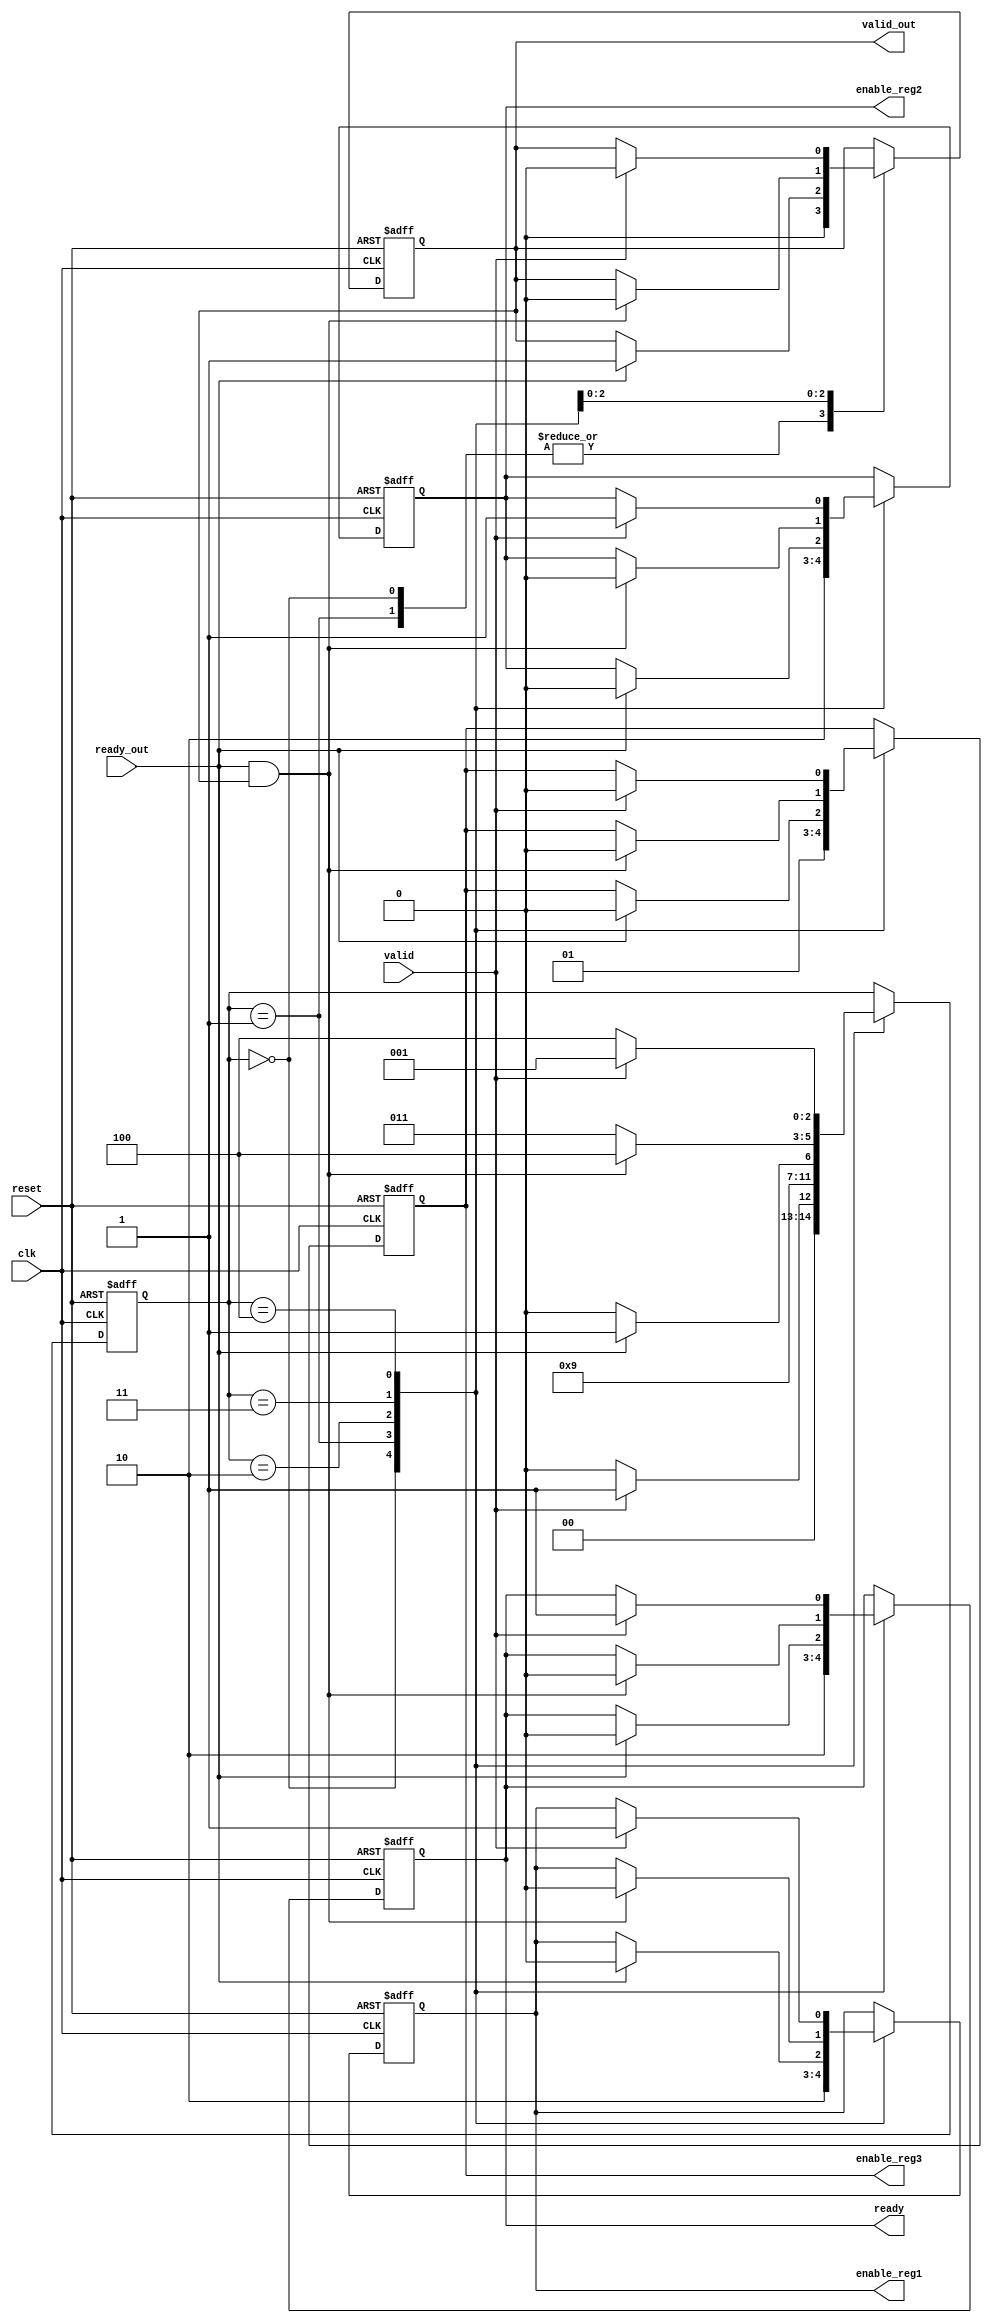
`timescale 1ns/1ps

/*------------------FSM------------------*/

module FSM (
    input clk,                // Clock input
    input reset,              // Reset input
    input valid,              // valid data dato dal testbench
    input ready_out,          // data ready del consumer
    
    output reg valid_out,     // valid di output per il consumer
    output reg ready,         // ready dell'acceleratore per il testbench
    output reg enable_reg1,   //segnale di enable per il primo registro 
    output reg enable_reg2,   //segnale di enable per il secondo registro  
    output reg enable_reg3  //segnale di enable per il terzo registro 
);

    // codifica degli stati
    parameter [2:0] EMPTY_REGISTERS = 3'b000;
    parameter [2:0] FIRST_PIPE_STAGE_FULL = 3'b001;
    parameter [2:0] SECOND_PIPE_STAGE_FULL = 3'b010;
  	parameter [2:0] PIPE_FULL_RESULT_UNREAD = 3'b011;
    parameter [2:0] PIPE_FULL_RESULT_READ = 3'b100;

    //Segnali di appoggio intermedi 
    reg [2:0] state;
    reg [1:0] reg_count; // Count of valid data registers

    //Logica della FSM
    always @(posedge clk or posedge reset) begin
        if (reset) begin
            state <= EMPTY_REGISTERS;
            reg_count <= 0;
            ready <= 1'b0;
            valid_out <= 1'b0;
            enable_reg1 <= 1'b0;
            enable_reg2 <= 1'b0;
            enable_reg3 <= 1'b0;

        end else begin
            case (state)
                EMPTY_REGISTERS: begin
                    ready=1'b1;
                    enable_reg1 = 1'b1;
                    enable_reg2 = 1'b1;
                    enable_reg3 = 1'b0;
                    valid_out=1'b0;
                    if (valid) begin
                        state = FIRST_PIPE_STAGE_FULL;
                    end else begin
                        state = EMPTY_REGISTERS;
                    end
                end

                FIRST_PIPE_STAGE_FULL: begin
                  	    state = SECOND_PIPE_STAGE_FULL;
                        enable_reg1 = 1'b0;
                        enable_reg2 = 1'b0;
                        enable_reg3 = 1'b1;
                        ready=1'b0;
                        valid_out=1'b0;
                end

                SECOND_PIPE_STAGE_FULL: begin
                  if (ready_out) begin
                        state = PIPE_FULL_RESULT_UNREAD;
                        enable_reg1 = 1'b0;
                        enable_reg2 = 1'b0;
                        enable_reg3 = 1'b0;
                        ready=1'b0;
                        valid_out=1'b1;
                    end else begin
                        state = SECOND_PIPE_STAGE_FULL;
                    end
                end

                PIPE_FULL_RESULT_UNREAD: begin
                    if (ready_out && valid_out) begin
                        state = PIPE_FULL_RESULT_READ;
                        enable_reg1 = 1'b0;
                        enable_reg2 = 1'b0;
                        enable_reg3 = 1'b0;
                      
                        ready=1'b0;
                        valid_out=1'b0;
                    end else begin
                        state = PIPE_FULL_RESULT_UNREAD;
                    end
                end

                PIPE_FULL_RESULT_READ: begin
                  if (valid) begin
                        state = FIRST_PIPE_STAGE_FULL;
                        enable_reg1 = 1'b1;
                        enable_reg2 = 1'b1;
                        enable_reg3 = 1'b0;
                    
                        ready=1'b1;
                        valid_out=1'b0;
                    end else begin
                        state =  PIPE_FULL_RESULT_READ;
                    end
                end
            endcase
        end
    end
endmodule



/*------------------REGISTRO------------------*/

module Register (clk, reset, data_in, data_out, enable);
input clk;         // Clock input
input reset;      // Reset input
input [7:0] data_in;   // data da immettere nel registro
output reg [7:0] data_out; //output del registro
input enable;

  always @(posedge clk or posedge reset) begin
        if (reset) begin
            data_out <= 8'b0; // Inizializzazione a 0 in caso di reset
        end else if(enable) begin
            data_out <= data_in; // Aggiornamento del registro con il nuovo dato in ingresso
        end
    end
    
endmodule





/*------------------NEURONE------------------*/

module neuron(X1, X2, X3, X4, W1, W2, W3, W4, bias, xmin, xmax, Y);
	input signed [7:0] X1, X2, X3, X4, W1, W2, W3, W4;
	input signed [15:0] bias;
	input signed [11:0] xmin, xmax;
	output signed [7:0] Y;
	
	wire signed [18:0] Sum;

	wire signed [15:0] Z1, Z2, Z3, Z4; //Wire per l'assegnazione dei prodotti
	

  assign Z1 = (X1*W1); //prodotti
  assign Z2 = (X2*W2);
  assign Z3 = (X3*W3);
  assign Z4 = (X4*W4);

  assign Sum = (Z1+Z2+Z3+Z4+bias)>>7; //somma col biasi shiftata di 7 bit verso destra

  activationFunc func(.x(Sum[11:0]), .f(Y), .xmin(xmin), .xmax(xmax)); //funzione di attivazione
	
endmodule

module activationFunc(x,f,xmin,xmax);

input signed [11:0] x;
output reg signed [7:0] f;
input signed [11:0] xmin, xmax;

	
  always @(*) begin
    if (x <= xmin) begin
      f <= xmin; // Pendenza costante prima di xmin, essendo lo slope = 1
    end else if (x >= xmax) begin
      f <= xmax; // Pendenza costante dopo xmax, essendo lo slope = 1
	end else begin
      f <= x;  // Mantieni la tangente nel range
	end
	end
endmodule




/*------------------TOP MODULE------------------*/

module acc_pipe(X1, X2, X3, X4, Y, ready, valid, ready_out, valid_out, clk, arst);
	input signed [7:0] X1, X2, X3, X4;
	output signed [7:0] Y;
	input valid, ready_out;
	output ready, valid_out;
	input clk, arst;

	wire signed [7:0] S1, S2;
	wire signed [7:0] Y1, Y2, Y3;

	wire enable1, enable2, enable3;

	
	//parameters for N1
	parameter [7:0] n1_w1 = -8'd115;
	parameter [7:0] n1_w2 = 8'd1;
	parameter [7:0] n1_w3 = -8'd105;
	parameter [7:0] n1_w4 = 8'd16;
	parameter [15:0] n1_bias = 16'd12571;
	parameter [11:0] n1_xmin = -12'd127;
	parameter [11:0] n1_xmax = 12'd127;
	//parameters for N2


	parameter [7:0] n2_w1 = 8'd103;
	parameter [7:0] n2_w2 = -8'd22;
	parameter [7:0] n2_w3 = 8'd32;
	parameter [7:0] n2_w4 = -8'd56;
	parameter [15:0] n2_bias = -16'd8139;
	parameter [11:0] n2_xmin = -12'd127;
	parameter [11:0] n2_xmax = 12'd127;


	//parameters for N3
	parameter [7:0] n3_w1 = 8'd75;
	parameter [7:0] n3_w2 = -8'd85;
	parameter [7:0] n3_w3 = -8'd38;
	parameter [7:0] n3_w4 = 8'd92;
	parameter [15:0] n3_bias = 16'd10182;
	parameter [11:0] n3_xmin = -12'd127;
	parameter [11:0] n3_xmax = 12'd127;

	
    //Istanziazione dei moduli

	FSM fsm(.clk(clk), .reset(arst), .valid(valid), .ready_out(ready_out), .valid_out(valid_out), .ready(ready), .enable_reg1(enable1), .enable_reg2(enable2), .enable_reg3(enable3));
	Register reg1(.clk(clk), .reset(arst), .data_in(Y1), .data_out(S1), .enable(enable1));
	Register reg2(.clk(clk), .reset(arst), .data_in(Y2), .data_out(S2), .enable(enable2)); 
	Register reg3(.clk(clk), .reset(arst), .data_in(Y3), .data_out(Y), .enable(enable3));

	neuron n1(.X1(X1),.X2(X2), .X3(X3), .X4(X4), .W1(n1_w1), .W2(n1_w2), .W3(n1_w3), .W4(n1_w4), .bias(n1_bias), .xmin(n1_xmin), .xmax(n1_xmax), .Y(Y1));
	neuron n2(.X1(X1),.X2(X2), .X3(X3), .X4(X4), .W1(n2_w1), .W2(n2_w2), .W3(n2_w3), .W4(n2_w4), .bias(n2_bias), .xmin(n2_xmin), .xmax(n2_xmax), .Y(Y2));
    neuron n3(.X1(S1),.X2(S2), .X3(8'b0), .X4(8'b0), .W1(n3_w1), .W2(n3_w2), .W3(n3_w3), .W4(n3_w4), .bias(n3_bias), .xmin(n3_xmin), .xmax(n3_xmax), .Y(Y3));

	
endmodule